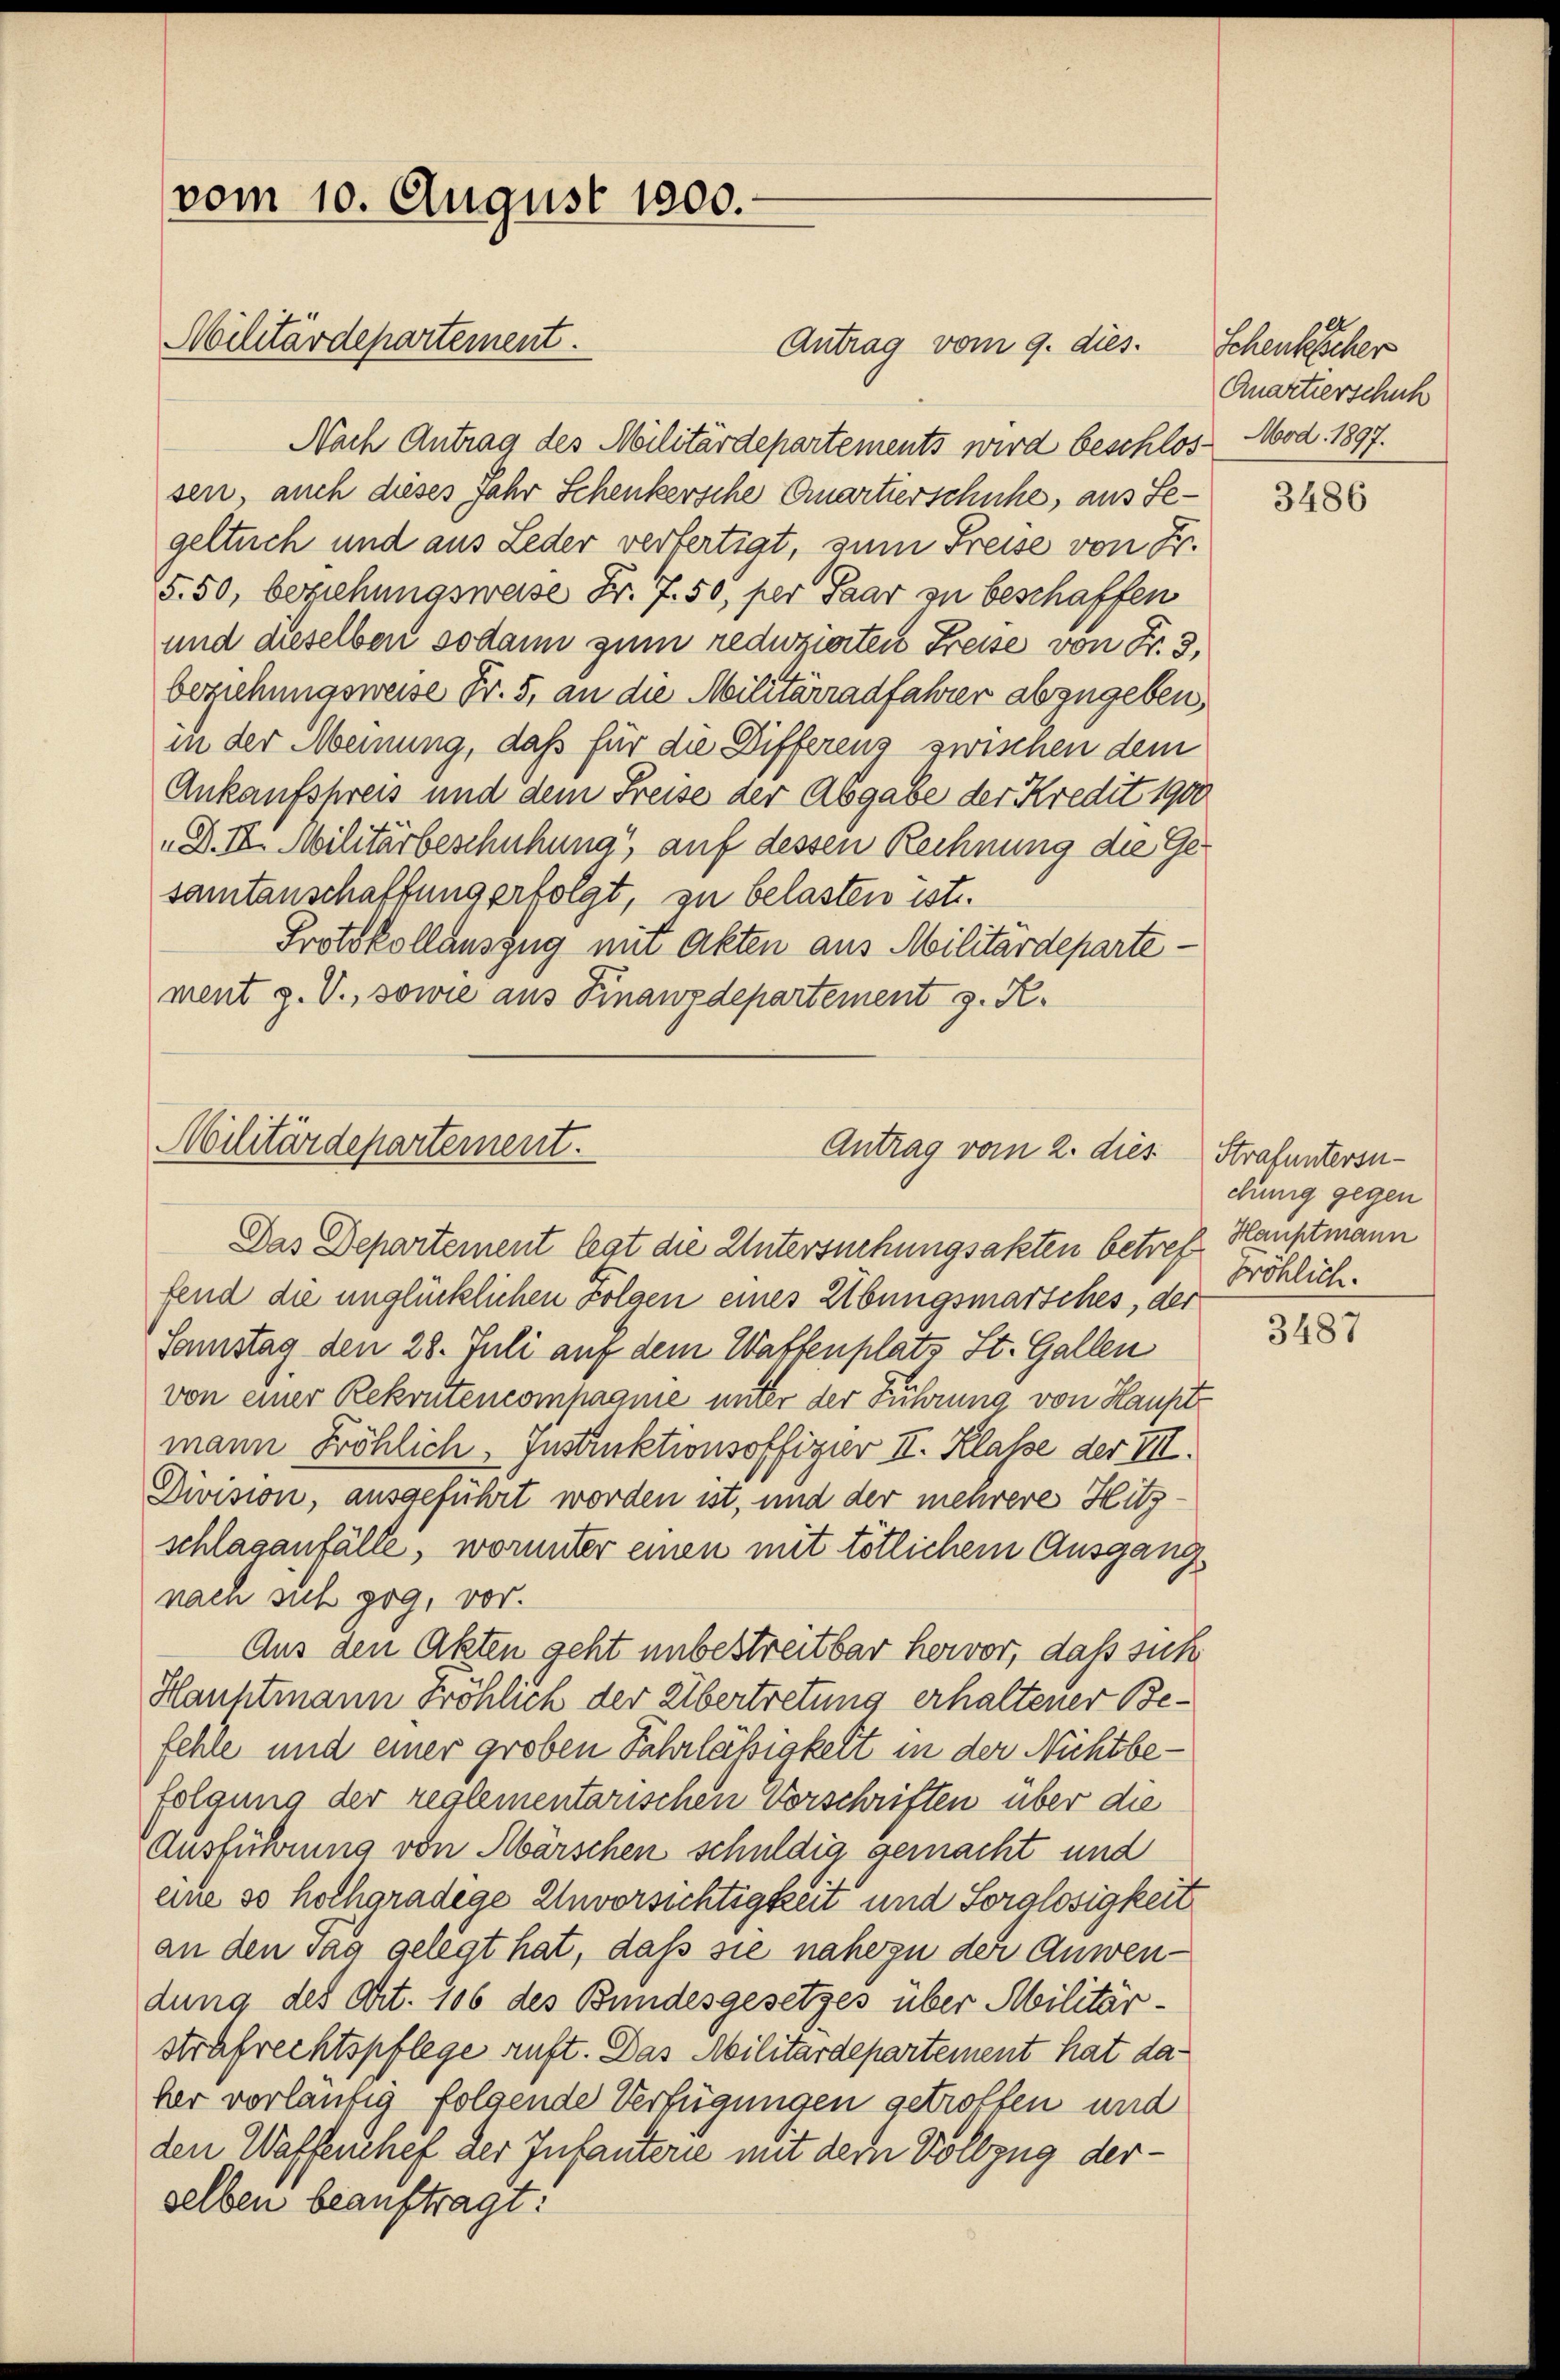
vom 10. August 1800.
Militärdepartement.

Nach Antrag des Militärdepartements wird beschlos, Mod. 1897.
sen, auch dieses Jahr Schenkersche Quartierschuhe, aus Segeltuch und aus Leder verfertigt, zum Freise von Fr.
5. 50, beziehungsweise Fr. 7. 50, per Paar zu beschaffen
und dieselben sodann zum reduzierten Freise von Fr. 3,
beziehungsweise Fr. 5, an die Militärradfahrer abzugeben,
in der Meinung, daß für die Differenz zwischen dem
Ankaufskreis und dem Freise der Abgabe der Kredit 1900
„D.III. Militärbeschühung, auf dessen Rechnung die Gesamtanschaffung erfolgt, zu belasten ist.
Protokollauszug mit Akten aus Militärdepartement z. V., sowie aus Finanzdepartement z. R.

Militärdepartement.
Antrag vom 2. dies

Das Departement legt die Untersuchungsakten betreff Hauptmann
fend die unglücklichen Folgen eines Übungsmarsches, der
Samstag den 28. Juli auf dem Waffenplats St. Gallen
von einer Rekrutencompagnie unter der Führung von Haupt
mann Fröhlich, Instruktionsoffizier II. Klasse der VII.
Division, ausgeführt worden ist, und der mehrere Hitzschlaganfälle, worunter einen mit tötlichem Ausgangnach sich zog, vor.
Aus den Akten geht unbestreitbar hervor, daß sich
Hauhtmann Fröhlich der Übertretung erhaltener Befehle und einer groben Fahrläßigkeit in der Nichtbefolgung der reglementarischen Vorschriften über die
Ausführung von Abärschen schuldig gemacht und
eine so hochgradige Unvorsichtigkeit und Sorglosigkeit
an den sag gelegt hat, daß sie nahezu der Anwendung des Art. 106 des Bundesgesetzes über Militärstrafrechtspflege auft. Das Militärdepartement hat daher vorläufig folgende Verfügungen getroffen und
den Waffenhef der Infanterie mit dem Vollzug derselben beauftragt:

Antrag vom 9. dies. Schenkscher

Quartierschuh

3486

Strafuntersuchung gegen
pröhlich.

3487